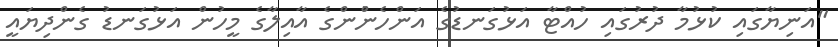
"އަނިޔާގައި ކުޅުމާ ދުރުގައި ހުއްޓާ އަޅުގަނޑުގެ އަންހެންުންގެ އާއިލާގެ މީހުން އަޅުގަނޑު ގެންދިޔައީ